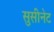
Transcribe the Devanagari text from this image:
सुसीनेट